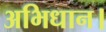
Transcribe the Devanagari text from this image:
अभिधान।